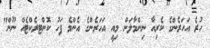
ހުރެ އަހަރެންގެ ކެރިއާ ނިންމާލަން މިއީ އަހަރެންގެ އެންމެ ފަހު ކޮންޓރެކްޓެއް ނޫން"